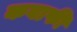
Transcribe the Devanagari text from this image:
कवाफी